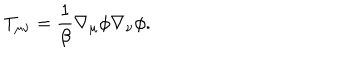
LaTeX: T _ { \mu \nu } = \frac { 1 } { \beta } \nabla _ { \mu } \phi \nabla _ { \nu } \phi .